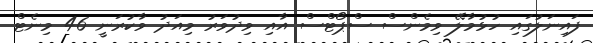
ފައިނަލުގައި ހުޅުމާލޭ ވިމެންސް ސްޕޯޓްސް އާއި ވިދުވަރު މިއަދު ވާކުރަނީ 46 މިނެޓް